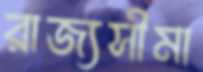
রাজ্যসীমা